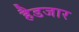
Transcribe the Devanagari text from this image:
हैडजार